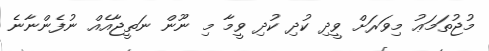
މުޖުތަމަޢު މިވަރަށް ވީދި ކުދި ކުދި ވީމާ މި ނޫން ނަތީޖާއެއް ނުފެންނާނެ